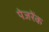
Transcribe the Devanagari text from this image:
पेजरेंक